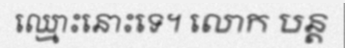
ឈ្មោះនោះទេ។ លោក បន្ត